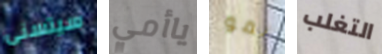
سيتسنى ياأمي نمو التغلب